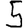
Digit: 5